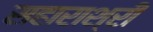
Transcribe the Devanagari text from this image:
सहाराश्री